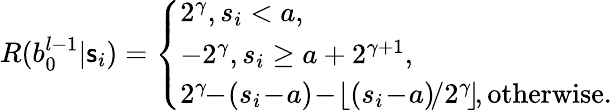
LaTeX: R(b_{0}^{l-1}|\mathsf{s}_{i})=\left\{ \begin{array}{ll}{2^{\gamma},s_{i}<a,}\\ {-2^{\gamma},s_{i}\geq a+2^{\gamma+1},}\\ {2^{\gamma}\! \! -\! (s_{i}\! -\! a)\! -\! \left\lfloor{(s_{i}\! -\! a)\! /2^{\gamma}\! }\right\rfloor\! ,\mathrm{otherwise.}}\end{array}\right.